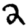
Digit: 2